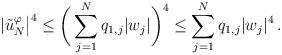
LaTeX: \begin{align*}|\tilde u_N^\varphi\big|^4 \le \bigg(\sum_{j=1}^N q_{1,j} |w_j| \bigg)^4 \le \sum_{j=1}^Nq_{1,j} |w_j|^4\,.\end{align*}